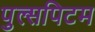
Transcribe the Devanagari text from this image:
पुल्सपिटम